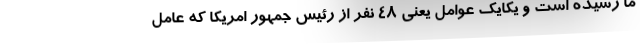
ما رسیده است و یکایک عوامل یعنی ۴۸ نفر از رئیس جمهور امریکا که عامل